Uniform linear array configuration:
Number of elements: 16
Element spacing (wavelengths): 1
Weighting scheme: hamming
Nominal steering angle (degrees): -60
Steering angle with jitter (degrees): -59.216
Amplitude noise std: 0.05
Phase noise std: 0.05

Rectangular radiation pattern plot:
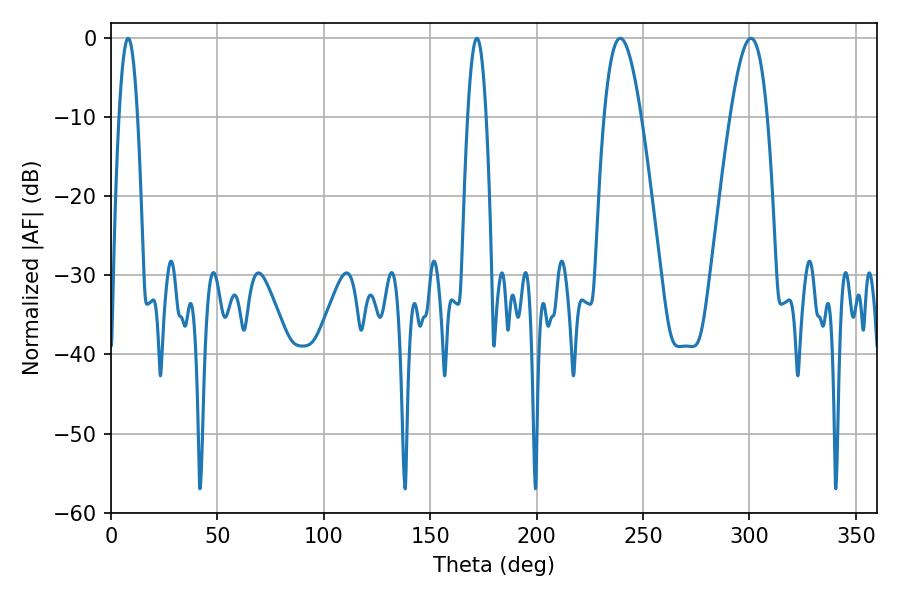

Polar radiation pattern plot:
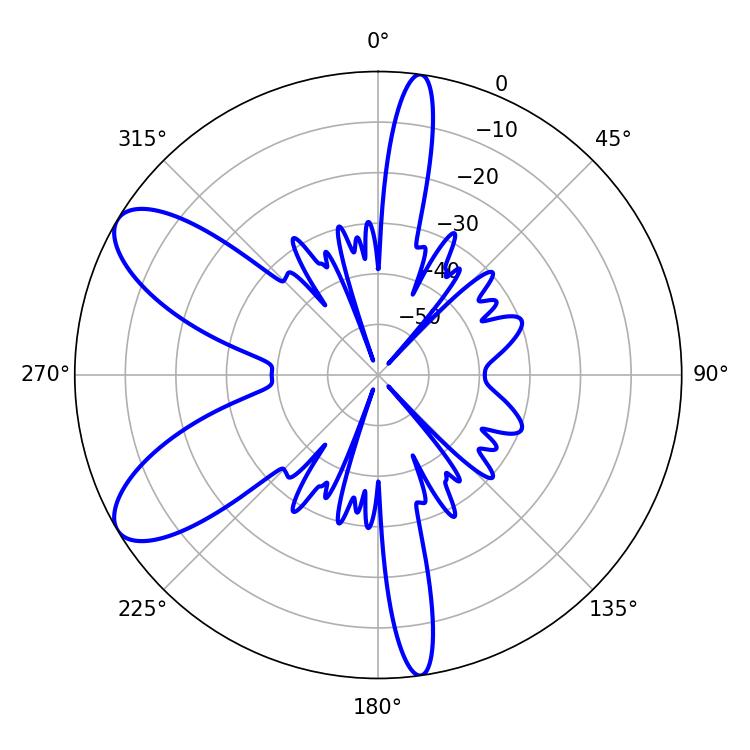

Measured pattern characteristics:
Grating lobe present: TRUE
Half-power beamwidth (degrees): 9.54
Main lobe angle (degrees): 239.22